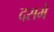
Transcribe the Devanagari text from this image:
दसमे